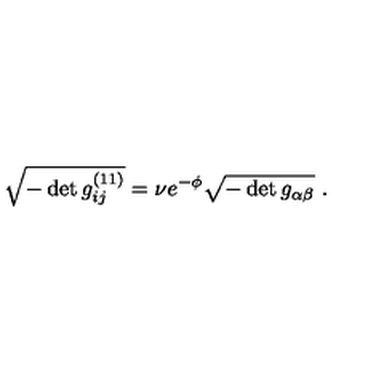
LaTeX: \sqrt { - \det g _ { i j } ^ { ( 1 1 ) } } = \nu e ^ { - \phi } \sqrt { - \det g _ { \alpha \beta } } \ .